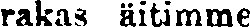
rakas äitimme